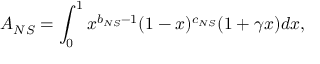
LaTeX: A _ { N S } = \int _ { 0 } ^ { 1 } x ^ { b _ { N S } - 1 } ( 1 - x ) ^ { c _ { N S } } ( 1 + \gamma x ) d x ,